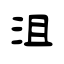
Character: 沮